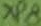
Text: XP8